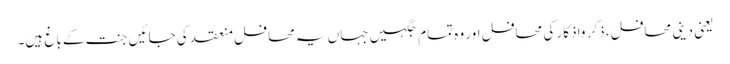
یعنی دینی محافل، ذکر واذکار کی محافل اور وہ تمام جگہیں جہاں یہ محافل منعقد کی جائیں جنت کے باغ ہیں۔